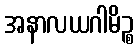
အနာလယဂါမိဉ္စ